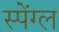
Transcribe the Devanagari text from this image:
स्पेंग्ल